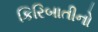
કિરિબાતીનો